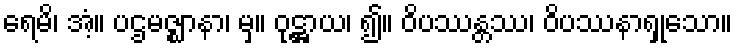
ရေမိ၊ အံ့။ ပဌမဇ္ဈာနာ၊ မှ။ ဝုဋ္ဌာယ၊ ၍။ ဝိပဿန္တဿ၊ ဝိပဿနာရှုသော။